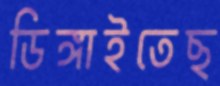
ডিঙ্গাইতেছ